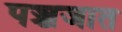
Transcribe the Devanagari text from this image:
पञ्चजात